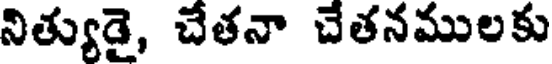
నిత్యుడై, చేతనా చేతనములకు